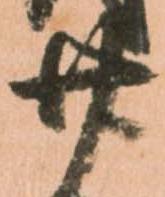
廿